Report on vaccination in Madras 1895-1903 - 1895-1903
Year: 1895
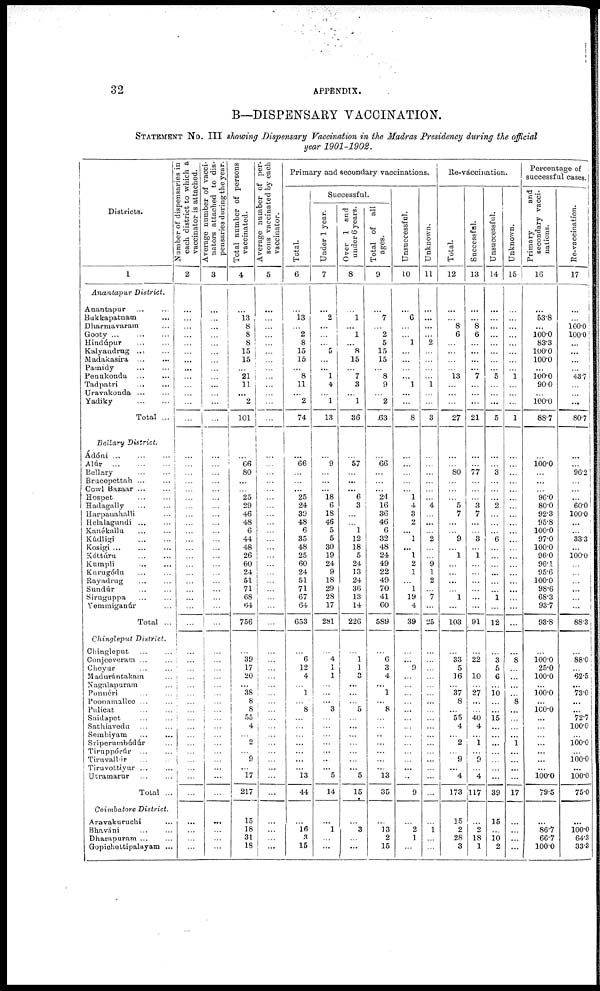
32
APPENDIX.
B—DISPENSARY VACCINATION.
STATEMENT No. III showing Dispensary Vaccination in the Madras Presidency during the official
year 1901-1902.
Districts.
1
Anantapur
District.
Anantapur
...
...
Bukkapatnam ...
Dharmavaram ...
Gooty ... ... ...
Hindúpur
...
...
Kalyandrug ... ...
Madakasíra
...
...
Pamidy
...
...
Penukonda
...
...
Tadpatri ... ...
Uravakonda ... ...
Yadiky
...
...
Total ...
Bellary
District.
Ádóni ... ... ...
Alúr
...
...
...
Bellary ... ...
Bracepettah ... ...
Cowl Bazaar ... ...
Hospet
...
...
Hadagally ... ...
Harpanahalli ...
Helalagundi ... ...
Kanékallu
...
...
Kúdligi ... ...
Kosigi ... ... ...
Kóttúru
...
...
Kampli
...
...
Kurugódu ... ...
Rayadrug ... ...
Sundúr ... ...
Siruguppa ... ...
Yemmiganúr ...
Total ...
Chingleput
District.
Chingleput
...
...
Conjceveram ... ...
Choyar ... ...
Madurántakam ...
Nagalapuram ...
Ponnéri ... ...
Poonamallee ... ...
Pulicat
...
...
Saidapet ... ...
Sathiavodu ... ...
Sembiyam ... ...
Sríperumbúdúr ...
Tiruppórúr ... ...
Tirnvallúr ... ...
Tiruvottiyur ... ...
Utramarur ... ...
Total ...
Coimbatore
District.
Aravakuruchi ...
Bhaváni ... ...
Dharapuram ... ...
Gopichettipalayam ...
Number of dispensaries in
each district to which a
vaccinator is attached.
2
...
...
...
...
...
...
...
...
...
...
...
...
...
...
...
...
...
...
...
...
...
...
...
...
...
...
...
...
...
...
...
...
...
...
...
...
...
...
...
...
...
...
... ...
...
...
...
...
...
...
...
...
...
...
Average number of vacci-
nators attached to dis-
pensaries during the year.
3
...
...
...
...
...
...
...
...
...
...
... ...
...
...
...
...
...
...
...
...
...
...
...
...
...
...
...
...
...
...
...
...
...
...
...
... ...
...
...
... ...
...
...
... ...
...
...
...
...
...
...
...
...
...
Total number of persons
vaccinated.
4
...
13
8
8
8
15
15
...
21
11
...
2
101
...
66
80
...
...
25
29
46
48
6
44
48
26
60
24
51
71
68
64
756
...
39
17
20
...
38
8
8
55
4
...
2
...
9
...
17
217
15
18
31
18
Average number of per-
sons vaccinated by each
vaccinator.
5
...
...
...
...
...
...
...
...
...
...
...
...
...
...
...
...
...
...
...
...
...
...
...
...
...
...
...
...
...
...
...
...
...
...
...
...
...
...
...
...
...
...
...
...
...
...
...
...
...
...
...
...
...
...
Primary and secondary vaccinations.
Total.
6
...
13
... 2
8
15
15
...
8
11
...
2
74
...
66
...
...
... 25
24
39
48
6
35
48
25
60
24
51
71
67
64
653
...
6
12
4
...
1
...
8
...
...
...
...
...
...
...
13
44
...
16
3
15
Successful.
Under 1 year.
7
...
2
...
...
... 5
...
...
1
4
...
1
13
...
9
...
...
... 18
6
18
46
5
5
30
19
24
9
18
29
28
17
281
...
4
1
1
...
...
...
3
...
...
...
...
...
...
5
14
...
1
...
...
Over 1 and
under 6 years.
8
...
1
...
1
...
8
15
...
7
3
...
1
36
...
57
...
...
... 6
3
...
... 1
12
18
5
24
13
24
36
13
14
226
...
1
1
3
...
...
...
5
...
...
...
...
...
...
...
5
15
...
3
...
...
Total of
all
ages.
9
...
7
...
2
5
15
15
...
8
9
...
2
63
...
66
...
...
... 24
16
36
46
6
32
48
24
49
22
49
70
41
60
589
...
6
3
4
...
1
...
8
...
...
...
...
...
...
...
13
35
...
13
2
15
Unsuccessful.
10
...
6
...
...
1
...
...
...
...
1
...
...
8
...
...
...
...
... 1
4
3
2
...
1
...
1
2
1
...
1
19
4
39
...
...
9
...
...
...
...
...
...
...
...
...
...
...
...
...
9
...
2
1
...
Unknown.
11
...
...
...
...
2
...
...
...
... 1
...
...
3
...
...
...
...
...
...
4
...
...
...
2
...
...
9
1
2
...
7
...
25
...
...
...
...
...
...
...
...
...
...
...
...
...
...
...
...
...
...
1
...
...
Re-vaccination.
Total.
12
...
...
8
6
...
...
...
...
13
...
...
...
27
...
...
80
...
...
...
5
7
...
...
9
...
1
...
...
...
...
1
...
103
...
33
5
16
...
37
8
...
55
4
...
2
...
9
...
4
173
15
2
28
3
Successful.
13
...
...
8
6
...
...
...
...
7
...
...
...
21
...
...
77
...
...
...
3
7
...
...
3
...
1
...
...
...
...
...
...
91
...
22
10
...
27
...
...
40
4
...
1
...
9
...
4
117
...
2
18
1
Unsuccessful.
14
...
...
...
...
...
...
...
...
5
...
...
...
5
...
...
3
...
...
...
2
...
...
...
6
...
...
...
...
...
...
1
...
12
...
3
5
6
...
10
...
...
15
...
...
...
...
...
...
...
39
15
...
10
2
Unknown.
15
...
...
...
...
...
...
...
...
1
...
...
...
1
...
...
...
...
...
...
...
...
...
...
...
...
...
...
...
...
...
...
...
...
...
8
...
...
...
...
8
...
...
...
...
1
...
...
...
...
17
...
...
...
...
Percentage of
successful cases.
Primary
and
secondary vacci-
nations.
16
...
53.8
...
100.0
83.3
100.0
100.0
...
100.0
90.0
...
100.0
88.7
...
100.0
...
...
...
96.0
80.0
92.3
95.8
100.0
97.0
100.0
96.0
96.1
95.6
100.0
98.6
68.3
93.7
93.8
...
100.0
25.0
100.0
...
100.0
...
100.0
...
...
...
...
...
...
...
100.0
79.5
...
86.7
66.7
100.0
Re-vaccination.
17
...
...
100.0
100.0
...
...
...
...
43.7
...
...
...
80.7
...
...
96.2
...
...
...
60.0
100.0
...
...
33.3
...
100.0
...
...
...
...
...
...
88.3
... 88.0
... 62.5
...
73.0
...
...
72.7
100.0
...
100.0
...
100.0
...
100.0
75.0
...
100.0
64.3
33.3